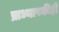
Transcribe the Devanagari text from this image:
प्राध्यापकीही